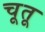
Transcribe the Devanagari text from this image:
चूतू